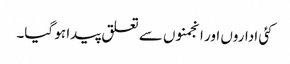
کئی اداروں اور انجمنوں سے تعلق پیدا ہو گیا۔